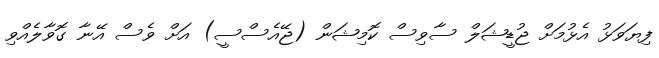
ފިޔަވަޅު އެޅުމަށް ޖުޑީޝަލް ސާވިސް ކޮމިޝަން (ޖޭއެސްސީ) އަށް ވެސް އޭނާ ގޮވާލެއްވި